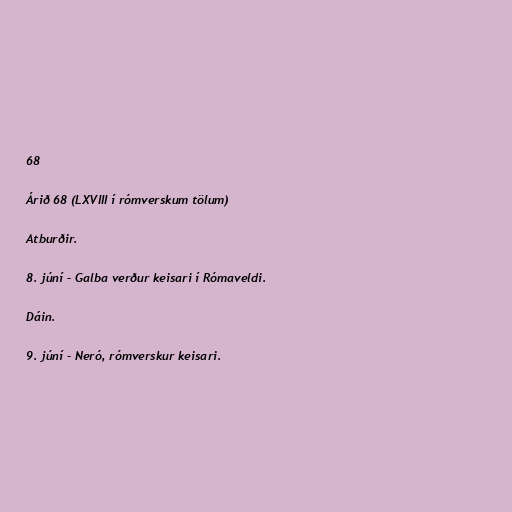
68

Árið 68 (LXVIII í rómverskum tölum)

Atburðir.

8. júní – Galba verður keisari í Rómaveldi.

Dáin.

9. júní - Neró, rómverskur keisari.